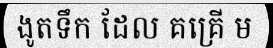
ងូតទឹក ដែល គគ្រើ ម